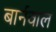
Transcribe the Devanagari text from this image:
बार्नवाल